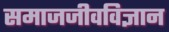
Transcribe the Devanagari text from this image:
समाजजीवविज्ञान